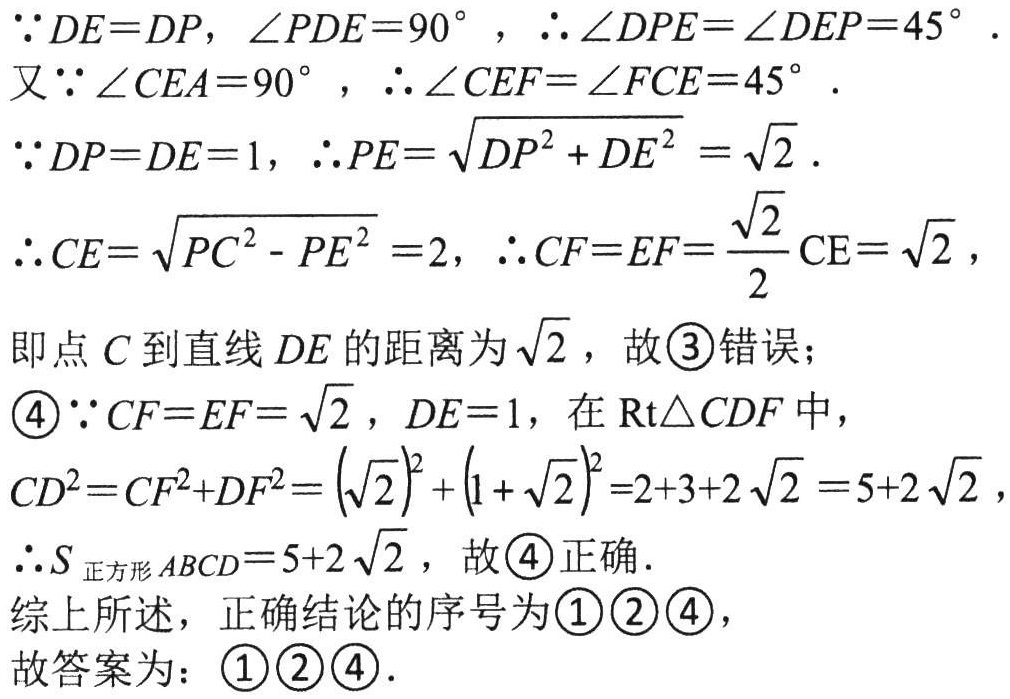
$\because DE = DP,\angle PDE = 90^{\circ},\therefore\angle DPE=\angle DEP = 45^{\circ}.$
又$\because\angle CEA = 90^{\circ},\therefore\angle CEF=\angle FCE = 45^{\circ}.$
$\because DP = DE = 1,\therefore PE=\sqrt{DP^{2}+DE^{2}}=\sqrt{2}.$
$\therefore CE=\sqrt{PC^{2}-PE^{2}} = 2,\therefore CF = EF=\frac{\sqrt{2}}{2}CE=\sqrt{2},$
即点$C$到直线$DE$的距离为$\sqrt{2}$，故\textcircled{3}错误；
\textcircled{4}$\because CF = EF=\sqrt{2},DE = 1$，在$\text{Rt}\triangle CDF$中，
$CD^{2}=CF^{2}+DF^{2}=\left(\sqrt{2}\right)^{2}+\left(1 + \sqrt{2}\right)^{2}=2 + 3+2\sqrt{2}=5 + 2\sqrt{2},$
$\therefore S_{\text{正方形}ABCD}=5 + 2\sqrt{2}$，故\textcircled{4}正确．
综上所述，正确结论的序号为\textcircled{1}\textcircled{2}\textcircled{4}，
故答案为：\textcircled{1}\textcircled{2}\textcircled{4}．